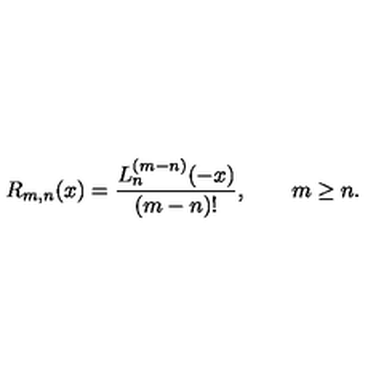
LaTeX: R _ { m , n } ( x ) = \frac { L _ { n } ^ { ( m - n ) } ( - x ) } { ( m - n ) ! } , \qquad m \ge n .